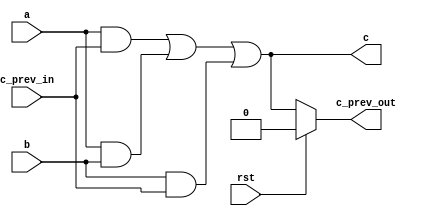
module sub_muller_c_elem (
  input   a,
  input   b,
  input   rst,
  input   c_prev_in,
  output  c_prev_out,
  output  c
);
  wire c_0, o_0, o_1, o_2;
  assign c_prev_out = rst ? 1'b0 : c;

  and a0 (o_0, a, c_prev_in);
  and a1 (o_1, a, b);
  and a2 (o_2, b, c_prev_in);

  or o0 (c_0, o_0, o_1);
  or o1 (c, c_0, o_2);
endmodule

module muller_c_elem (
  input   a,
  input   b,
  input   rst,
  output  c
);
  wire temp_c_prev;
  sub_muller_c_elem m0 (.a(a), .b(b), .rst(rst), .c_prev_in(temp_c_prev), .c_prev_out(temp_c_prev), .c(c));
endmodule


module dpl_noEE_and ( //dual_rail_precharge_logic_noEE_and
    input   a_t,
    input   a_f,
    input   b_t,
    input   b_f,
    output  c_t,
    output  c_f
);
    //true case
    and a0 (c_t, a_t, b_t);
    //false case
    wire c_0, o_0, o_1, o_2;
    and a1 (o_0, a_f, b_f);
    and a2 (o_1, a_t, b_f);
    and a3 (o_2, a_f, b_t);

    or o0 (c_0, o_0, o_1);
    or o1 (c_f, c_0, o_2);
endmodule

module dpl_noEE_xor ( //dual_rail_precharge_logic_noEE_xor
    input   a_t,
    input   a_f,
    input   b_t,
    input   b_f,
    output  c_t,
    output  c_f
);
    //true case
    wire o_0, o_1;
    and a0 (o_0, a_t, b_f);
    and a1 (o_1, a_f, b_t);

    or o0 (c_t, o_0, o_1);
    //false case
    wire o_2, o_3;
    and a2 (o_2, a_t, b_t);
    and a3 (o_3, a_f, b_f);

    or o1 (c_f, o_2, o_3);
endmodule

module gen_dpl_noEE_xor #(
      parameter BITS = 4
    ) 
    (
      input  [((BITS*2)-1):0] A,
      input  [((BITS*2)-1):0] B,
      output [((BITS*2)-1):0] C
);
    genvar index;
    generate
        for (index = 0; index < BITS; index = index + 1) begin
            dpl_noEE_xor x (.a_t(A[(index*2)+1]), .a_f(A[index*2]), .b_t(B[(index*2)+1]), .b_f(B[index*2]), .c_t(C[(index*2)+1]), .c_f(C[index*2]));
        end
    endgenerate

endmodule

module v_weak_indicating_latch #(
      parameter BITS = 8
    )
    (
      input                 req_i,
      input                 rst,
      input [(BITS*2)-1:0]  in,
      output                ack_o,
      output [(BITS*2)-1:0] out
);
    genvar i;
    wire [(BITS*2)-1:0] t;
    assign t = rst ? {BITS{2'b01}} : in;
    generate
        for (i=0; i<(BITS*2); i=i+1) begin            
            muller_c_elem c_elem (.a(req_i), .rst(rst), .b(t[i]), .c(out[i]));
        end
    endgenerate

    nor (ack_o, out[0], out[1]);

endmodule

module n_weak_indicating_latch #(
      parameter BITS = 8
    )
    (
      input                 req_i,
      input                 rst,
      input [(BITS*2)-1:0]  in,
      output                ack_o,
      output [(BITS*2)-1:0] out
);
    genvar i;
    wire [(BITS*2)-1:0] t;
    assign t = rst ? BITS*2'b0 : in;
    generate
        for (i=0; i<(BITS*2); i=i+1) begin            
            muller_c_elem c_elem (.a(req_i), .rst(rst), .b(t[i]), .c(out[i]));
        end
    endgenerate

    nor (ack_o, out[0], out[1]);

endmodule


module PRNG  #(
    parameter output_bits = 64
    )
    (
    input                           clk,
    input                           rst,
    input   [79:0]                  key,
    input   [79:0]                  iv,
    output  [(output_bits-1):0]     stream_out
);
    reg [287:0] state [0:output_bits];
    wire [output_bits-1:0] t1, t2, t3;

    always @(posedge clk) begin
        if (rst) begin            
            state[0] = {3'b111, 112'b0, iv, 13'b0, key};
        end else begin
            state[0] = state[output_bits];
        end
    end
    genvar i;
    generate
        for (i = 0; i < output_bits; i = i + 1) begin
            assign t1[i] = state[i][161] ^ state[i][176];
            assign t2[i] = state[i][65]  ^ state[i][92];
            assign t3[i] = state[i][242] ^ state[i][287];

            always @(*) begin
                state[i+1] = {state[i][286:177], t1[i] ^ (state[i][174] & state[i][175]) ^ state[i][263], state[i][175:93], (t2[i] ^ (state[i][90] & state[i][91]) ^ state[i][170]), state[i][91:0], (t3[i] ^ (state[i][285] & state[i][286]) ^ state[i][68])};
            end
            
            assign stream_out[i] = t1[output_bits - (i + 1) ] ^ t2[output_bits - (i + 1)] ^ t3[output_bits - (i + 1)];
        end
    endgenerate

endmodule

module DPLConverter #(
      parameter BITS = 8
    ) 
    (
    input [(BITS-1):0] a,
    output [((BITS*2)-1):0] converted
);
    genvar index;
    generate
        for (index = 0; index < BITS; index = index + 1) begin
            assign converted[index*2+1] = a[index];
            assign converted[index*2] = ~a[index];
        end
    endgenerate

endmodule

module DPLInverter#(
      parameter BITS = 8
    ) 
    (
    input  [((BITS*2)-1):0] a,
    output [(BITS-1):0] converted
);
    genvar index;
    generate
        for (index = 0; index < BITS; index = index + 1) begin
            assign converted[index] = a[index*2+1];
        end
    endgenerate
endmodule

//Sbox

module MUL_2 (
    input  [3:0] A,
    input  [3:0] B,
    output [3:0] C
);
    wire [1:0] a_01, b_01, ab_01;

    dpl_noEE_xor x0 (.a_t(A[3]), .a_f(A[2]), .b_t(A[1]), .b_f(A[0]), .c_t(a_01[1]), .c_f(a_01[0]));
    dpl_noEE_xor x1 (.a_t(B[3]), .a_f(B[2]), .b_t(B[1]), .b_f(B[0]), .c_t(b_01[1]), .c_f(b_01[0]));

    dpl_noEE_and a0 (.a_t(a_01[1]), .a_f(a_01[0]), .b_t(b_01[1]), .b_f(b_01[0]), .c_t(ab_01[1]), .c_f(ab_01[0]));

    wire [1:0] ab_0, ab_1;

    dpl_noEE_and a1 (.a_t(A[1]), .a_f(A[0]), .b_t(B[1]), .b_f(B[0]), .c_t(ab_0[1]), .c_f(ab_0[0]));
    dpl_noEE_and a2 (.a_t(A[3]), .a_f(A[2]), .b_t(B[3]), .b_f(B[2]), .c_t(ab_1[1]), .c_f(ab_1[0]));

    dpl_noEE_xor x2 (.a_t(ab_01[1]), .a_f(ab_01[0]), .b_t(ab_0[1]), .b_f(ab_0[0]), .c_t(C[1]), .c_f(C[0]));
    dpl_noEE_xor x3 (.a_t(ab_01[1]), .a_f(ab_01[0]), .b_t(ab_1[1]), .b_f(ab_1[0]), .c_t(C[3]), .c_f(C[2]));

endmodule

module DOM_GF_MULS_2 (
    input  [3:0] A_1,
    input  [3:0] A_2,
    input  [3:0] B_1,
    input  [3:0] B_2,
    input  [3:0] rand,
    output [3:0] D,
    output [3:0] E,
    output [3:0] F,
    output [3:0] G
);
    wire [3:0] c_0, c_1;

    // first domain
    MUL_2 m0 (.A(A_1), .B(B_1), .C(D));
    MUL_2 m1 (.A(A_1), .B(B_2), .C(c_0));

    //second domain
    MUL_2 m2 (.A(A_2), .B(B_1), .C(c_1));
    MUL_2 m3 (.A(A_2), .B(B_2), .C(G));

    gen_dpl_noEE_xor #(2) x0 (.A(c_0), .B(rand), .C(E));
    gen_dpl_noEE_xor #(2) x1 (.A(c_1), .B(rand), .C(F));

endmodule

module MUL_4 (
    input [7:0] A,
    input [7:0] B,
    output [7:0] C
);
    wire [3:0] ph, pl, p;

    wire [1:0] a_23, b_23, ab_2, ab_3, ab_23;

    dpl_noEE_xor x0 (.a_t(A[7]), .a_f(A[6]), .b_t(A[5]), .b_f(A[4]), .c_t(a_23[1]), .c_f(a_23[0]));
    dpl_noEE_xor x1 (.a_t(B[7]), .a_f(B[6]), .b_t(B[5]), .b_f(B[4]), .c_t(b_23[1]), .c_f(b_23[0]));

    dpl_noEE_and a0 (.a_t(a_23[1]), .a_f(a_23[0]), .b_t(b_23[1]), .b_f(b_23[0]), .c_t(ab_23[1]), .c_f(ab_23[0]));

    dpl_noEE_and a1 (.a_t(A[5]), .a_f(A[4]), .b_t(B[5]), .b_f(B[4]), .c_t(ab_2[1]), .c_f(ab_2[0]));
    dpl_noEE_and a2 (.a_t(A[7]), .a_f(A[6]), .b_t(B[7]), .b_f(B[6]), .c_t(ab_3[1]), .c_f(ab_3[0]));

    dpl_noEE_xor x2 (.a_t(ab_23[1]), .a_f(ab_23[0]), .b_t(ab_2[1]), .b_f(ab_2[0]), .c_t(ph[1]), .c_f(ph[0]));
    dpl_noEE_xor x3 (.a_t(ab_23[1]), .a_f(ab_23[0]), .b_t(ab_3[1]), .b_f(ab_3[0]), .c_t(ph[3]), .c_f(ph[2]));

    wire [1:0] a_01, b_01, ab_0, ab_1, ab_01;

    dpl_noEE_xor x4 (.a_t(A[3]), .a_f(A[2]), .b_t(A[1]), .b_f(A[0]), .c_t(a_01[1]), .c_f(a_01[0]));
    dpl_noEE_xor x5 (.a_t(B[3]), .a_f(B[2]), .b_t(B[1]), .b_f(B[0]), .c_t(b_01[1]), .c_f(b_01[0]));

    dpl_noEE_and a3 (.a_t(a_01[1]), .a_f(a_01[0]), .b_t(b_01[1]), .b_f(b_01[0]), .c_t(ab_01[1]), .c_f(ab_01[0]));

    dpl_noEE_and a4 (.a_t(A[1]), .a_f(A[0]), .b_t(B[1]), .b_f(B[0]), .c_t(ab_0[1]), .c_f(ab_0[0]));
    dpl_noEE_and a5 (.a_t(A[3]), .a_f(A[2]), .b_t(B[3]), .b_f(B[2]), .c_t(ab_1[1]), .c_f(ab_1[0]));

    dpl_noEE_xor x6 (.a_t(ab_01[1]), .a_f(ab_01[0]), .b_t(ab_0[1]), .b_f(ab_0[0]), .c_t(pl[1]), .c_f(pl[0]));
    dpl_noEE_xor x7 (.a_t(ab_01[1]), .a_f(ab_01[0]), .b_t(ab_1[1]), .b_f(ab_1[0]), .c_t(pl[3]), .c_f(pl[2]));

    wire [3:0] aa, bb;

    dpl_noEE_xor x8 (.a_t(A[1]), .a_f(A[0]), .b_t(A[5]), .b_f(A[4]), .c_t(aa[1]), .c_f(aa[0]));
    dpl_noEE_xor x9 (.a_t(A[3]), .a_f(A[2]), .b_t(A[7]), .b_f(A[6]), .c_t(aa[3]), .c_f(aa[2]));

    dpl_noEE_xor x10 (.a_t(B[1]), .a_f(B[0]), .b_t(B[5]), .b_f(B[4]), .c_t(bb[1]), .c_f(bb[0]));
    dpl_noEE_xor x11 (.a_t(B[3]), .a_f(B[2]), .b_t(B[7]), .b_f(B[6]), .c_t(bb[3]), .c_f(bb[2]));

    wire [1:0] aa_01, bb_01, aabb_0, aabb_1, aabb_01, aabb_011;

    dpl_noEE_xor x12 (.a_t(aa[3]), .a_f(aa[2]), .b_t(aa[1]), .b_f(aa[0]), .c_t(aa_01[1]), .c_f(aa_01[0]));
    dpl_noEE_xor x13 (.a_t(bb[3]), .a_f(bb[2]), .b_t(bb[1]), .b_f(bb[0]), .c_t(bb_01[1]), .c_f(bb_01[0]));

    dpl_noEE_and a6 (.a_t(aa_01[1]), .a_f(aa_01[0]), .b_t(bb_01[1]), .b_f(bb_01[0]), .c_t(aabb_01[1]), .c_f(aabb_01[0]));

    dpl_noEE_and a14 (.a_t(aa[1]), .a_f(aa[0]), .b_t(bb[1]), .b_f(bb[0]), .c_t(aabb_0[1]), .c_f(aabb_0[0]));
    dpl_noEE_and a15 (.a_t(aa[3]), .a_f(aa[2]), .b_t(bb[3]), .b_f(bb[2]), .c_t(aabb_1[1]), .c_f(aabb_1[0]));

    dpl_noEE_xor x16 (.a_t(aabb_01[1]), .a_f(aabb_01[0]), .b_t(aabb_0[1]), .b_f(aabb_0[0]), .c_t(p[3]),        .c_f(p[2]));
    dpl_noEE_xor x17 (.a_t(aabb_01[1]), .a_f(aabb_01[0]), .b_t(aabb_1[1]), .b_f(aabb_1[0]), .c_t(aabb_011[1]), .c_f(aabb_011[0]));

    dpl_noEE_xor x18 (.a_t(aabb_011[1]), .a_f(aabb_011[0]), .b_t(p[3]), .b_f(p[2]), .c_t(p[1]), .c_f(p[0]));

    dpl_noEE_xor x19 (.a_t(ph[3]), .a_f(ph[2]), .b_t(p[3]), .b_f(p[2]), .c_t(C[7]), .c_f(C[6]));
    dpl_noEE_xor x20 (.a_t(ph[1]), .a_f(ph[0]), .b_t(p[1]), .b_f(p[0]), .c_t(C[5]), .c_f(C[4]));

    dpl_noEE_xor x21 (.a_t(pl[3]), .a_f(pl[2]), .b_t(p[3]), .b_f(p[2]), .c_t(C[3]), .c_f(C[2]));
    dpl_noEE_xor x22 (.a_t(pl[1]), .a_f(pl[0]), .b_t(p[1]), .b_f(p[0]), .c_t(C[1]), .c_f(C[0]));
 
endmodule

module DOM_GF_MULS_4 (
    input  [7:0] A_1,
    input  [7:0] A_2,
    input  [7:0] B_1,
    input  [7:0] B_2,
    input  [7:0] rand,
    output [7:0] D,
    output [7:0] E,
    output [7:0] F,
    output [7:0] G
);
    wire [7:0] c_0, c_1;

    // first domain
    MUL_4 m0 (.A(A_1), .B(B_1), .C(D));
    MUL_4 m1 (.A(A_1), .B(B_2), .C(c_0));

    //second domain
    MUL_4 m2 (.A(A_2), .B(B_1), .C(c_1));
    MUL_4 m3 (.A(A_2), .B(B_2), .C(G));

    gen_dpl_noEE_xor #(4) x0 (.A(c_0), .B(rand), .C(E));
    gen_dpl_noEE_xor #(4) x1 (.A(c_1), .B(rand), .C(F));
    
endmodule

module stage_one_DOM_GF_INV_4 (
    input  [7:0] A,
    output [3:0] a,
    output [3:0] b,
    output [3:0] D
);
    wire [3:0] c;

    assign a = A[7:4];
    assign b = A[3:0];
    // xor and square
    dpl_noEE_xor x0 (.a_t(a[1]), .a_f(a[0]), .b_t(b[1]), .b_f(b[0]), .c_t(c[3]), .c_f(c[2]));
    dpl_noEE_xor x1 (.a_t(a[3]), .a_f(a[2]), .b_t(b[3]), .b_f(b[2]), .c_t(c[1]), .c_f(c[0]));
    // scale
    assign D[3:2] = c[1:0];
    dpl_noEE_xor x2 (.a_t(c[1]), .a_f(c[0]), .b_t(c[3]), .b_f(c[2]), .c_t(D[1]), .c_f(D[0]));

endmodule

module stage_two_DOM_GF_INV_4 (
    input  [3:0] A,
    input  [3:0] B,
    output [3:0] D
);

    // xor and inversion
    dpl_noEE_xor x0 (.a_t(A[1]), .a_f(A[0]), .b_t(B[1]), .b_f(B[0]), .c_t(D[3]), .c_f(D[2]));
    dpl_noEE_xor x1 (.a_t(A[3]), .a_f(A[2]), .b_t(B[3]), .b_f(B[2]), .c_t(D[1]), .c_f(D[0]));
endmodule

module DOM_GF_INV_4 (
    input  [7:0]  A,
    input  [7:0]  B,
    input  [11:0] rand,
    input  [47:0] r2,
    input         req_5,
    input         rst,
    output [7:0]  G,
    output [7:0]  H,
    output [47:0] r5,
    output        req_2
);
    // first share
    wire [3:0] A_a, A_b, A_c; 
    stage_one_DOM_GF_INV_4 stage10 (.A(A), .a(A_a), .b(A_b), .D(A_c));

    // second share
    wire [3:0] B_a, B_b, B_c; 
    stage_one_DOM_GF_INV_4 stage11 (.A(B), .a(B_a), .b(B_b), .D(B_c));

    wire [3:0] A_d0, A_d1, B_d0, B_d1;
    DOM_GF_MULS_2 m0 (.A_1(A_a), .A_2(B_a), .B_1(A_b), .B_2(B_b), .rand(rand[3:0]), .D(A_d0), .E(A_d1), .F(B_d0), .G(B_d1));

    wire req_3;
    wire [95:0] lat_3;

    v_weak_indicating_latch #(48) lat3 (.req_i(req_3), .rst(rst), .in({rand[11:4], r2, A_a, A_b, B_a, B_b, A_c, B_c, A_d0, A_d1, B_d0, B_d1}), .ack_o(req_2), .out(lat_3));
    
    wire [3:0] A_d, B_d;
    gen_dpl_noEE_xor #(2) x0 (.A(lat_3[15:12]), .B(lat_3[11:8]), .C(A_d));
    gen_dpl_noEE_xor #(2) x1 (.A(lat_3[7:4]), .B(lat_3[3:0]), .C(B_d));

    // first share
    wire [3:0] A_e; 
    stage_two_DOM_GF_INV_4 stage20 (.A(lat_3[23:20]), .B(A_d), .D(A_e));

    // second share
    wire [3:0] B_e; 
    stage_two_DOM_GF_INV_4 stage21 (.A(lat_3[19:16]), .B(B_d), .D(B_e));

    wire req_4;
    wire [79:0] lat_4;

    n_weak_indicating_latch #(40) lat4 (.req_i(req_4), .rst(rst), .in({lat_3[95:24], A_e, B_e}), .ack_o(req_3), .out(lat_4));

    wire [3:0] A_f00, A_f01, A_f10, A_f11, B_f00, B_f01, B_f10, B_f11;
    DOM_GF_MULS_2 m1 (.A_1(lat_4[23:20]), .A_2(lat_4[15:12]), .B_1(lat_4[7:4]), .B_2(lat_4[3:0]), .rand(lat_4[75:72]), .D(A_f00), .E(A_f01), .F(B_f00), .G(B_f01));
    DOM_GF_MULS_2 m2 (.A_1(lat_4[19:16]), .A_2(lat_4[11:8]),  .B_1(lat_4[7:4]), .B_2(lat_4[3:0]), .rand(lat_4[79:76]), .D(A_f10), .E(A_f11), .F(B_f10), .G(B_f11));

    wire req_4a, req_4b;
    wire [39:0] lat_5a, lat_5b;
    v_weak_indicating_latch #(20) lat5a (.req_i(req_5), .rst(rst), .in({lat_4[71:64], lat_4[55:40], A_f00, A_f01, B_f00, B_f01}), .ack_o(req_4a), .out(lat_5a));
    v_weak_indicating_latch #(20) lat5b (.req_i(req_5), .rst(rst), .in({lat_4[63:56], lat_4[39:24], A_f10, A_f11, B_f10, B_f11}), .ack_o(req_4b), .out(lat_5b));

    muller_c_elem c_1 (.a(req_4a), .rst(rst), .b(req_4b), .c(req_4));

    assign r5 = {lat_5a[39:32], lat_5b[39:32], lat_5a[31:16], lat_5b[31:16]};

    wire [3:0] A_f0, A_f1, B_f0, B_f1;

    gen_dpl_noEE_xor #(2) x2 (.A(lat_5a[15:12]), .B(lat_5a[11:8]), .C(A_f0));
    gen_dpl_noEE_xor #(2) x3 (.A(lat_5b[15:12]), .B(lat_5b[11:8]), .C(A_f1));

    gen_dpl_noEE_xor #(2) x4 (.A(lat_5a[7:4]), .B(lat_5a[3:0]), .C(B_f0));
    gen_dpl_noEE_xor #(2) x5 (.A(lat_5b[7:4]), .B(lat_5b[3:0]), .C(B_f1));

    assign G = {A_f1, A_f0};
    assign H = {B_f1, B_f0};

endmodule

module square_scaler_4 (
    input  [7:0] A,
    output [7:0] B
);
    assign B[1:0] = A[1:0];
    dpl_noEE_xor x0 (.a_t(A[1]), .a_f(A[0]), .b_t(A[3]), .b_f(A[2]), .c_t(B[3]), .c_f(B[2]));
    dpl_noEE_xor x1 (.a_t(A[3]), .a_f(A[2]), .b_t(A[7]), .b_f(A[6]), .c_t(B[5]), .c_f(B[4]));
    dpl_noEE_xor x2 (.a_t(A[1]), .a_f(A[0]), .b_t(A[5]), .b_f(A[4]), .c_t(B[7]), .c_f(B[6]));

endmodule

module stage_one_DOM_GF_INV_8 (
    input  [15:0] A,
    output [7:0]  a,
    output [7:0]  b,
    output [7:0]  D
);
    wire [7:0] c;

    assign a = A[15:8];
    assign b = A[7:0];
    gen_dpl_noEE_xor #(4) x0 (.A(a), .B(b), .C(c));
    square_scaler_4 s0 (.A(c), .B(D));
endmodule

module stage_two_DOM_GF_INV_8 (
    input  [7:0] A,
    input  [7:0] B,
    output [7:0] C
);
    gen_dpl_noEE_xor #(4) x0 (.A(A), .B(B), .C(C));
endmodule

module DOM_GF_INV_8 (
    input  [15:0] A,
    input  [15:0] B,
    input  [35:0] rand,
    input         req_6,
    input         rst,
    output [15:0] G,
    output [15:0] H,
    output        req_0
);
    // first share
    wire [7:0] A_a, A_b, A_c; 
    stage_one_DOM_GF_INV_8 stage10 (.A(A), .a(A_a), .b(A_b), .D(A_c));

    // second share
    wire [7:0] B_a, B_b, B_c; 
    stage_one_DOM_GF_INV_8 stage11 (.A(B), .a(B_a), .b(B_b), .D(B_c));

    wire [7:0] A_d0, A_d1, B_d0, B_d1;
    DOM_GF_MULS_4 m0 (.A_1(A_a), .A_2(B_a), .B_1(A_b), .B_2(B_b), .rand(rand[7:0]), .D(A_d0), .E(A_d1), .F(B_d0), .G(B_d1));
    
    wire req_1;
    wire [107:0] lat_1;
    v_weak_indicating_latch #(54) lat1 (.req_i(req_1), .rst(rst), .in({rand[35:8], A_a, A_b, B_a, B_b, A_c, B_c, A_d0, A_d1, B_d0, B_d1}), .ack_o(req_0), .out(lat_1));

    wire [7:0] A_d, B_d;
    gen_dpl_noEE_xor #(4) x0 (.A(lat_1[31:24]), .B(lat_1[23:16]), .C(A_d));
    gen_dpl_noEE_xor #(4) x1 (.A(lat_1[15:8]),  .B(lat_1[7:0]),   .C(B_d));

    // first share
    wire [7:0] A_e; 
    stage_two_DOM_GF_INV_8 stage20 (.A(lat_1[47:40]), .B(A_d), .C(A_e));

    // second share
    wire [7:0] B_e; 
    stage_two_DOM_GF_INV_8 stage21 (.A(lat_1[39:32]), .B(B_d), .C(B_e));

    wire req_2;
    wire [75:0] lat_2;
    n_weak_indicating_latch #(38) lat2 (.req_i(req_2), .rst(rst), .in({lat_1[107:48], A_e, B_e}), .ack_o(req_1), .out(lat_2));

    wire [31:0] AB_ab_r2;
    wire [15:0] rand_r2;
    assign AB_ab_r2 = lat_2[47:16]; 
    assign rand_r2 = lat_2[75:60];

    wire [7:0] A_f, B_f;
    wire [47:0] rand_AB_ab_r5;

    wire req_5;
    DOM_GF_INV_4 inv4 (.A(lat_2[15:8]), .B(lat_2[7:0]), .rand(lat_2[59:48]), .r2({rand_r2, AB_ab_r2}), .req_5(req_5), .rst(rst), .G(A_f), .H(B_f), .r5(rand_AB_ab_r5), .req_2(req_2));

    wire [7:0] A_f00, A_f01, A_f10, A_f11, B_f00, B_f01, B_f10, B_f11;
    DOM_GF_MULS_4 m1 (.A_1(A_f), .A_2(B_f), .B_1(rand_AB_ab_r5[31:24]), .B_2(rand_AB_ab_r5[15:8]), .rand(rand_AB_ab_r5[39:32]), .D(A_f00), .E(A_f01), .F(B_f00), .G(B_f01));

    DOM_GF_MULS_4 m2 (.A_1(A_f), .A_2(B_f), .B_1(rand_AB_ab_r5[23:16]), .B_2(rand_AB_ab_r5[7:0]),  .rand(rand_AB_ab_r5[47:40]), .D(A_f10), .E(A_f11), .F(B_f10), .G(B_f11));
    
    wire req_5a, req_5b;
    wire [31:0] lat_6a, lat_6b;
    n_weak_indicating_latch #(16) lat6a (.req_i(req_6), .rst(rst), .in({A_f00, A_f01, B_f00, B_f01}), .ack_o(req_5a), .out(lat_6a));
    n_weak_indicating_latch #(16) lat6b (.req_i(req_6), .rst(rst), .in({A_f10, A_f11, B_f10, B_f11}), .ack_o(req_5b), .out(lat_6b));

    muller_c_elem c_1 (.a(req_5a), .rst(rst), .b(req_5b), .c(req_5));

    wire [7:0] A_f0, A_f1, B_f0, B_f1;

    gen_dpl_noEE_xor #(4) x2 (.A(lat_6a[31:24]), .B(lat_6a[23:16]), .C(A_f0));
    gen_dpl_noEE_xor #(4) x3 (.A(lat_6b[31:24]), .B(lat_6b[23:16]), .C(A_f1));
    gen_dpl_noEE_xor #(4) x4 (.A(lat_6a[15:8]),  .B(lat_6a[7:0]),   .C(B_f0));
    gen_dpl_noEE_xor #(4) x5 (.A(lat_6b[15:8]),  .B(lat_6b[7:0]),   .C(B_f1));

    assign G = {A_f1, A_f0};
    assign H = {B_f1, B_f0};

endmodule


module Mapping(
    input  [15:0] A,
    output [15:0] B
);
    wire [1:0] a_00, a_01, a_02;

    dpl_noEE_xor r01 (.a_t(A[13]),   .a_f(A[12]),   .b_t(A[7]),   .b_f(A[6]),   .c_t(a_00[1]), .c_f(a_00[0]));
    dpl_noEE_xor r02 (.a_t(a_00[1]), .a_f(a_00[0]), .b_t(A[5]),   .b_f(A[4]),   .c_t(a_01[1]), .c_f(a_01[0]));
    dpl_noEE_xor r03 (.a_t(a_01[1]), .a_f(a_01[0]), .b_t(A[3]),   .b_f(A[2]),   .c_t(a_02[1]), .c_f(a_02[0]));
    dpl_noEE_xor r04 (.a_t(a_02[1]), .a_f(a_02[0]), .b_t(A[1]),   .b_f(A[0]),   .c_t(B[1]),    .c_f(B[0]));

    wire [1:0] a_10;

    dpl_noEE_xor r11 (.a_t(A[13]),   .a_f(A[12]),   .b_t(A[11]),  .b_f(A[10]),  .c_t(a_10[1]), .c_f(a_10[0]));
    dpl_noEE_xor r12 (.a_t(a_10[1]), .a_f(a_10[0]), .b_t(A[1]),   .b_f(A[0]),   .c_t(B[3]),    .c_f(B[2]));

    assign B[5:4] = A[1:0];

    wire [1:0] a_30, a_31, a_32;

    dpl_noEE_xor r31 (.a_t(A[15]),   .a_f(A[14]),   .b_t(A[9]),   .b_f(A[8]),   .c_t(a_30[1]), .c_f(a_30[0]));
    dpl_noEE_xor r32 (.a_t(a_30[1]), .a_f(a_30[0]), .b_t(A[7]),   .b_f(A[6]),   .c_t(a_31[1]), .c_f(a_31[0]));
    dpl_noEE_xor r33 (.a_t(a_31[1]), .a_f(a_31[0]), .b_t(A[3]),   .b_f(A[2]),   .c_t(a_32[1]), .c_f(a_32[0]));
    dpl_noEE_xor r34 (.a_t(a_32[1]), .a_f(a_32[0]), .b_t(A[1]),   .b_f(A[0]),   .c_t(B[7]),    .c_f(B[6]));

    wire [1:0] a_40, a_41;

    dpl_noEE_xor r41 (.a_t(A[15]),   .a_f(A[14]),   .b_t(A[13]),  .b_f(A[12]),  .c_t(a_40[1]), .c_f(a_40[0]));
    dpl_noEE_xor r42 (.a_t(a_40[1]), .a_f(a_40[0]), .b_t(A[11]),  .b_f(A[10]),  .c_t(a_41[1]), .c_f(a_41[0]));
    dpl_noEE_xor r43 (.a_t(a_41[1]), .a_f(a_41[0]), .b_t(A[1]),   .b_f(A[0]),   .c_t(B[9]),    .c_f(B[8]));

    wire [1:0] a_50, a_51;

    dpl_noEE_xor r51 (.a_t(A[13]),   .a_f(A[12]),   .b_t(A[11]),  .b_f(A[10]),  .c_t(a_50[1]), .c_f(a_50[0]));
    dpl_noEE_xor r52 (.a_t(a_50[1]), .a_f(a_50[0]), .b_t(A[3]),   .b_f(A[2]),   .c_t(a_51[1]), .c_f(a_51[0]));
    dpl_noEE_xor r53 (.a_t(a_51[1]), .a_f(a_51[0]), .b_t(A[1]),   .b_f(A[0]),   .c_t(B[11]),   .c_f(B[10]));

    wire [1:0] a_60, a_61;

    dpl_noEE_xor r61 (.a_t(A[13]),   .a_f(A[12]),   .b_t(A[11]),  .b_f(A[10]),  .c_t(a_60[1]), .c_f(a_60[0]));
    dpl_noEE_xor r62 (.a_t(a_60[1]), .a_f(a_60[0]), .b_t(A[9]),   .b_f(A[8]),   .c_t(a_61[1]), .c_f(a_61[0]));
    dpl_noEE_xor r63 (.a_t(a_61[1]), .a_f(a_61[0]), .b_t(A[1]),   .b_f(A[0]),   .c_t(B[13]),   .c_f(B[12]));

    wire [1:0] a_70, a_71, a_72, a_73;

    dpl_noEE_xor r71 (.a_t(A[15]),   .a_f(A[14]),   .b_t(A[13]),  .b_f(A[12]),  .c_t(a_70[1]), .c_f(a_70[0]));
    dpl_noEE_xor r72 (.a_t(a_70[1]), .a_f(a_70[0]), .b_t(A[11]),  .b_f(A[10]),  .c_t(a_71[1]), .c_f(a_71[0]));
    dpl_noEE_xor r73 (.a_t(a_71[1]), .a_f(a_71[0]), .b_t(A[5]),   .b_f(A[4]),   .c_t(a_72[1]), .c_f(a_72[0]));
    dpl_noEE_xor r74 (.a_t(a_72[1]), .a_f(a_72[0]), .b_t(A[3]),   .b_f(A[2]),   .c_t(a_73[1]), .c_f(a_73[0]));
    dpl_noEE_xor r75 (.a_t(a_73[1]), .a_f(a_73[0]), .b_t(A[1]),   .b_f(A[0]),   .c_t(B[15]),   .c_f(B[14]));
endmodule

module inv_Mapping(
    input  [15:0] A,
    output [15:0] B
);
    wire [1:0] a_00;

    dpl_noEE_xor r01 (.a_t(A[13]),   .a_f(A[12]),   .b_t(A[9]),   .b_f(A[8]),   .c_t(a_00[1]), .c_f(a_00[0]));
    dpl_noEE_xor r02 (.a_t(a_00[1]), .a_f(a_00[0]), .b_t(A[3]),   .b_f(A[2]),   .c_t(B[1]),    .c_f(B[0]));

    wire [1:0] a_10;

    dpl_noEE_xor r11 (.a_t(A[11]),   .a_f(A[10]),   .b_t(A[9]),   .b_f(A[8]),   .c_t(a_10[1]), .c_f(a_10[0]));
    dpl_noEE_xor r12 (.a_t(a_10[1]), .a_f(a_10[0]), .b_t(A[3]),   .b_f(A[2]),   .c_t(B[3]),    .c_f(B[2]));

    wire [1:0] a_20, a_21, a_22;

    dpl_noEE_xor r21 (.a_t(A[13]),   .a_f(A[12]),   .b_t(A[11]),  .b_f(A[10]),  .c_t(a_20[1]), .c_f(a_20[0]));
    dpl_noEE_xor r22 (.a_t(a_20[1]), .a_f(a_20[0]), .b_t(A[7]),   .b_f(A[6]),   .c_t(a_21[1]), .c_f(a_21[0]));
    dpl_noEE_xor r23 (.a_t(a_21[1]), .a_f(a_21[0]), .b_t(A[5]),   .b_f(A[4]),   .c_t(a_22[1]), .c_f(a_22[0]));
    dpl_noEE_xor r24 (.a_t(a_22[1]), .a_f(a_22[0]), .b_t(A[1]),   .b_f(A[0]),   .c_t(B[5]),    .c_f(B[4]));

    wire [1:0] a_30, a_31, a_32;

    dpl_noEE_xor r31 (.a_t(A[15]),   .a_f(A[14]),   .b_t(A[13]),  .b_f(A[12]),  .c_t(a_30[1]), .c_f(a_30[0]));
    dpl_noEE_xor r32 (.a_t(a_30[1]), .a_f(a_30[0]), .b_t(A[11]),  .b_f(A[10]),  .c_t(a_31[1]), .c_f(a_31[0]));
    dpl_noEE_xor r33 (.a_t(a_31[1]), .a_f(a_31[0]), .b_t(A[9]),   .b_f(A[8]),   .c_t(a_32[1]), .c_f(a_32[0]));
    dpl_noEE_xor r34 (.a_t(a_32[1]), .a_f(a_32[0]), .b_t(A[7]),   .b_f(A[6]),   .c_t(B[7]),    .c_f(B[6]));

    wire [1:0] a_40;

    dpl_noEE_xor r41 (.a_t(A[15]),   .a_f(A[14]),   .b_t(A[11]),  .b_f(A[10]),  .c_t(a_40[1]), .c_f(a_40[0]));
    dpl_noEE_xor r42 (.a_t(a_40[1]), .a_f(a_40[0]), .b_t(A[7]),   .b_f(A[6]),   .c_t(B[9]),    .c_f(B[8]));

    dpl_noEE_xor r51 (.a_t(A[13]),   .a_f(A[12]),   .b_t(A[1]),   .b_f(A[0]),   .c_t(B[11]), .c_f(B[10]));

    dpl_noEE_xor r61 (.a_t(A[15]),   .a_f(A[14]),   .b_t(A[7]),   .b_f(A[6]),   .c_t(B[13]), .c_f(B[12]));

    dpl_noEE_xor r71 (.a_t(A[11]),   .a_f(A[10]),   .b_t(A[7]),   .b_f(A[6]),   .c_t(B[15]), .c_f(B[14]));
endmodule

module Sbox (
    input  [15:0] A,
    input  [15:0] B,
    input  [35:0] rand,
    input         req_7,
    input         rst,
    output [15:0] E,
    output [15:0] F,
    output        ack_0
);
    /* linear mapping & change basis to GF(2^8)/GF(2^4)/GF(2^2)*/
    // first share
    wire [15:0] A_C, A_D;
    Mapping m0 (.A(A), .B(A_C));

    // second share
    wire [15:0] B_C, B_D;
    Mapping m1 (.A(B), .B(B_C));

    wire req_0;
    wire [67:0] lat_0;
    n_weak_indicating_latch #(34) lat0 (.req_i(req_0), .rst(rst), .in({rand, A_C, B_C}), .ack_o(ack_0), .out(lat_0));
    
    // inversion
    wire req_6;
    DOM_GF_INV_8 inv (.A(lat_0[31:16]), .B(lat_0[15:0]), .rand(lat_0[67:32]), .req_6(req_6), .rst(rst), .G(A_D), .H(B_D), .req_0(req_0));


    /* linear iverse mapping & change basis back to GF(2^8) */
    // first share 
    wire [15:0] e_t, e, f;
    inv_Mapping im0 (.A(A_D), .B(e_t));

    gen_dpl_noEE_xor #(8) x0 (.A(e_t), .B(16'b110100101011010), .C(e));

    // second share
    inv_Mapping im1 (.A(B_D), .B(f));

    v_weak_indicating_latch #(16) lat7 (.req_i(req_7), .rst(rst), .in({e, f}), .ack_o(req_6), .out({E,F}));

endmodule



module sbox_controller (
    input          rst,
    input          load,
    input          enable,
    input          clk,
    input  [7:0]   s_0_0,
    input  [7:0]   s_0_1,
    input  [7:0]   s_1_0,
    input  [7:0]   s_1_1,
    input  [7:0]   s_2_0,
    input  [7:0]   s_2_1,
    input  [7:0]   s_3_0,
    input  [7:0]   s_3_1,
    input  [127:0] key,
    output [7:0]   r_0_0,
    output [7:0]   r_0_1,
    output [7:0]   r_1_0,
    output [7:0]   r_1_1,
    output [7:0]   r_2_0,
    output [7:0]   r_2_1,
    output [7:0]   r_3_0,
    output [7:0]   r_3_1,
    output reg     done
);
    reg [215:0] r;
    wire [107:0] rand;
    wire [215:0] dpl_r;
    PRNG #(108) prng (.rst(rst), .clk(rst), .key(key[79:0]), .iv({s_0_0, s_1_0, s_2_0, s_3_0, key[127:80]}), .stream_out(rand));
    DPLConverter #(108) c0 (rand, dpl_r);

    wire [15:0] dr_s_0_0, dr_s_0_1, dr_s_1_0, dr_s_1_1, dr_s_2_0, dr_s_2_1, dr_s_3_0, dr_s_3_1;

    DPLConverter #(8) c1 (s_0_0, dr_s_0_0);
    DPLConverter #(8) c2 (s_0_1, dr_s_0_1); 
    DPLConverter #(8) c3 (s_1_0, dr_s_1_0);
    DPLConverter #(8) c4 (s_1_1, dr_s_1_1); 
    DPLConverter #(8) c5 (s_2_0, dr_s_2_0);
    DPLConverter #(8) c6 (s_2_1, dr_s_2_1); 
    DPLConverter #(8) c7 (s_3_0, dr_s_3_0);
    DPLConverter #(8) c8 (s_3_1, dr_s_3_1); 

    reg [15:0] share_0_0;
    reg [15:0] share_0_1;
    reg [15:0] share_1_0;
    reg [15:0] share_1_1;
    reg [15:0] share_2_0;
    reg [15:0] share_2_1;
    reg [15:0] share_3_0;
    reg [15:0] share_3_1;

    reg [7:0] result_0_0;
    reg [7:0] result_0_1;
    reg [7:0] result_1_0;
    reg [7:0] result_1_1;
    reg [7:0] result_2_0;
    reg [7:0] result_2_1;
    reg [7:0] result_3_0;
    reg [7:0] result_3_1;

    reg [3:0] state;
    reg [35:0] sbox_rand;

    reg [15:0] A, B;
    wire [7:0] C, D;  
    wire [15:0] a, b, c, d;

    reg in;
    wire ack;  


    always @(posedge clk, ack) begin 
        if (rst) begin
            share_0_0 <= 16'b0;
            share_0_1 <= 16'b0;
            share_1_0 <= 16'b0;
            share_1_1 <= 16'b0;
            share_2_0 <= 16'b0;
            share_2_1 <= 16'b0;
            share_3_0 <= 16'b0;
            share_3_1 <= 16'b0;
            result_0_0 <= 8'b0;
            result_0_1 <= 8'b0;
            result_1_0 <= 8'b0;
            result_1_1 <= 8'b0;
            result_2_0 <= 8'b0;
            result_2_1 <= 8'b0;
            result_3_0 <= 8'b0;
            result_3_1 <= 8'b0;
            
            A <= 16'h0;
            B <= 16'h0;
            state <= 4'b0;
            r <= 216'b0;
            sbox_rand <= 36'b0;
            done <= 1'b0;
            in <= 1'b1;
        end
        if (load) begin
            share_0_0 <= dr_s_0_0;
            share_0_1 <= dr_s_0_1;
            share_1_0 <= dr_s_1_0;
            share_1_1 <= dr_s_1_1;
            share_2_0 <= dr_s_2_0;
            share_2_1 <= dr_s_2_1;
            share_3_0 <= dr_s_3_0;
            share_3_1 <= dr_s_3_1;

            r         <= dpl_r;
        end

        if (enable & (~done)) begin
            if (ack) begin
                A <= 16'h5555;
                B <= 16'h5555;
                case (state)
                    4'd0: begin
                        A         <= share_0_0;
                        B         <= share_0_1;
                        sbox_rand <= r[35:0];
                    end
                    4'd1: begin
                        A         <= share_1_0;
                        B         <= share_1_1;
                        sbox_rand <= r[71:36];
                    end
                    4'd2: begin
                        A         <= share_2_0;
                        B         <= share_2_1;
                        sbox_rand <= r[107:72];
                    end
                    4'd3: begin
                        A         <= share_3_0;
                        B         <= share_3_1;
                        sbox_rand <= r[143:108];
                    end
                    4'd4: begin
                        result_0_0 <= C;
                        result_0_1 <= D;
                        sbox_rand  <= r[179:144];
                    end
                    4'd5: begin
                        result_1_0 <= C;
                        result_1_1 <= D;
                        sbox_rand  <= r[215:180];
                    end
                    4'd6: begin
                        result_2_0 <= C;
                        result_2_1 <= D;
                    end
                    4'd7: begin
                        result_3_0 <= C;
                        result_3_1 <= D;
                        done <= 1'b1;
                    end
                endcase
                state <= state + 1;            
                in <= 1'b0;
            end
            else begin
                A         <= 16'h0;
                B         <= 16'h0;
                sbox_rand <= 36'b0;
                in        <= 1'b1;
            end            
        end
    end

    
    Sbox dut(
        .A(A), 
        .B(B), 
        .rand(sbox_rand), 
        .req_7(in), 
        .rst(rst), 
        .E(c), 
        .F(d), 
        .ack_0(ack)
    );

    DPLInverter #(8) i0 (c, C);
    DPLInverter #(8) i1 (d, D);

    assign r_0_0 = result_0_0;
    assign r_0_1 = result_0_1;
    assign r_1_0 = result_1_0;
    assign r_1_1 = result_1_1;
    assign r_2_0 = result_2_0;
    assign r_2_1 = result_2_1;
    assign r_3_0 = result_3_0;
    assign r_3_1 = result_3_1;

endmodule




`timescale 1ns / 1ps
module tb_sbox;
    reg clk, rst, enable, load;
    wire [63:0] out;
    parameter stop_time=20;
    initial #stop_time $finish;
    always #2 clk=~clk;  
    sbox_controller dut (.rst(rst), .load(load), .enable(enable), .clk(clk), .s_0_0(8'd2), .s_0_1(8'd1), .s_1_0(8'd1), .s_1_1(8'd0), .s_2_0(8'd2), .s_2_1(8'd0), .s_3_0(8'd3), .s_3_1(8'd0),.key(128'h986bde57d7cbb81dbd777925e057f4c4), .done(done));
    initial begin
        $dumpfile("dump.vcd");
        $dumpvars(0, tb_sbox);
        clk=1'b0; rst=1'b0; load=1'b0; enable=1'b0;
        #2
        rst=1'b1;
        #2
        rst=1'b0;
        #2
        load=1'b1;
        #2
        load=1'b0;
        #2
        enable=1'b1;
    end       
endmodule